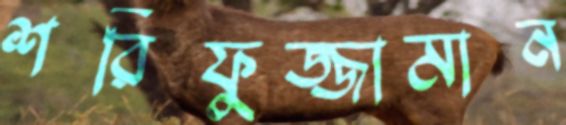
শরিফুজ্জামান